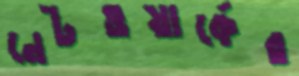
নেটওয়ার্কের